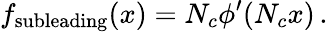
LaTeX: f_{\mathrm{subleading}}(x)=N_{c}\phi^{\prime}(N_{c}x)\, .